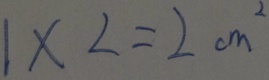
1 \times 2 = 2 c m ^ { 2 }